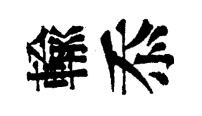
輸忝